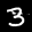
Label: 3